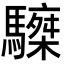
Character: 𩦆